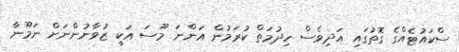
ސްކައުޓެއްގެ ގޮތުގައި އަދިވެސް ހިދުމަތް ކުރަމުން އަންނަ މޫސަ އަކީ ޒުވާނުންނަށް ނަމޫނާ